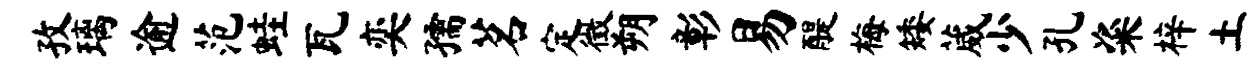
孜璃逾范蛙瓦奕孺茗定徵朔彰易醍梅矮葳少孔粢梓土